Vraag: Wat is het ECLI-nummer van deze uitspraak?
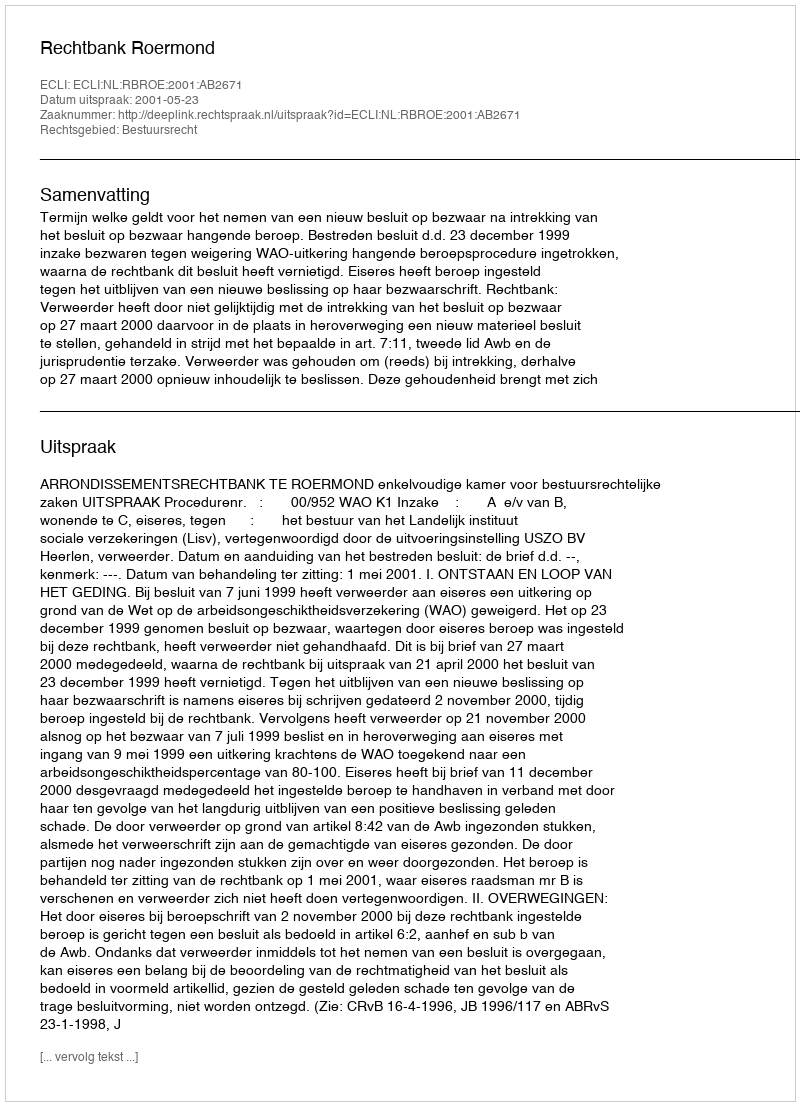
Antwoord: ECLI:NL:RBROE:2001:AB2671